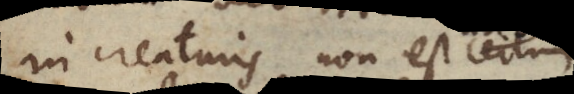
In creaturis non est certum